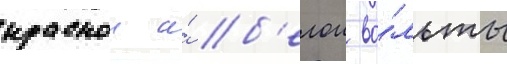
краснои и́ б'елои во́льты